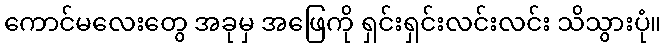
ကောင်မလေးတွေ အခုမှ အဖြေကို ရှင်းရှင်းလင်းလင်း သိသွားပုံ။